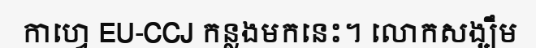
កាហ្វេ EU-CCJ កន្លងមកនេះ។ លោកសង្ឃឹម